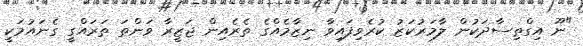
"ނޫ އިގްތިސާދަކުން ލާމަރުކަޒު ކުރެވިފައިވާ ނިޒާމެއްގެ ތެރެއިން ޖަޒީރާ ވަންތަ ތަރައްގީ ގެނައުމަކީ